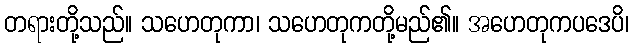
တရားတို့သည်။ သဟေတုကာ၊ သဟေတုကတို့မည်၏။ အဟေတုကပဒေပိ၊